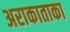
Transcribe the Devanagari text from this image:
अराकाताका